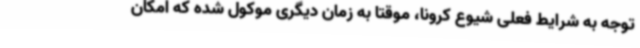
توجه به شرایط فعلی شیوع کرونا، موقتا به زمان دیگری موکول شده که امکان